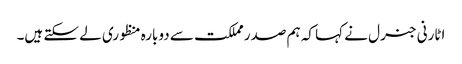
اٹارنی جنرل نے کہا کہ ہم صدر مملکت سے دوبارہ منظوری لے سکتے ہیں۔